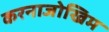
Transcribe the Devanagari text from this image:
करनाजोखिम